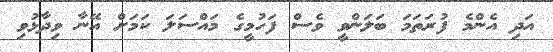
އަދި އެންމެ ފުރަތަމަ ބަލަންވީ ވެސް ފަހުމީގެ މައްސަލަ ކަމަށް އޭނާ ވިދާޅުވި